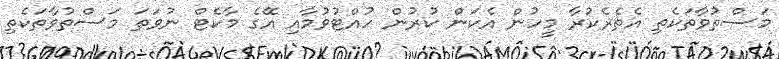
މަސްތުވާތަކެތި އެތެރެކުރާ މީހުން އެކަން ކުރުން ހުއްޓުވުމާއި އޭގެ މާކެޓް ނުވަތަ މަސްތުވާތަކެތި